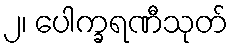
၂၊ ပေါက္ခရဏီသုတ်